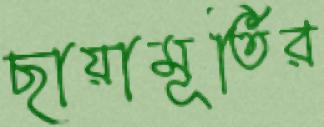
ছায়ামূর্তির